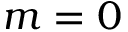
m = 0